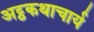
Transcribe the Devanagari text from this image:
अट्ठकथाचार्य